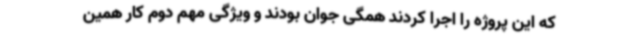
که این پروژه را اجرا کردند همگی جوان بودند و ویژگی مهم دوم کار همین